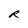
Character: R